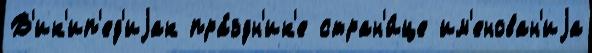
В'ик'ип'ед'иjак пра́здн'ик'е стран'и́це им'енован'иjа